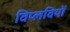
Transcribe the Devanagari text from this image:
विप्लवियों